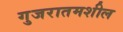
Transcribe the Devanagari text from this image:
गुजरातमशील